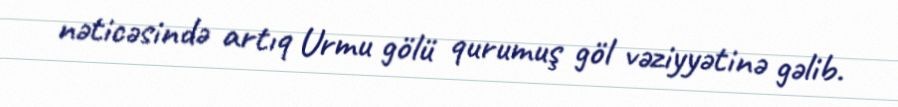
nəticəsində artıq Urmu gölü qurumuş göl vəziyyətinə gəlib.